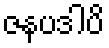
ဇနပဒါပိ